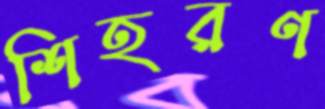
শিহরণ